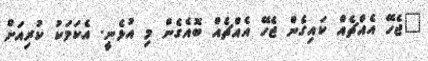
"ޖެހޭ އެއްޗެއް ކައިގެން ޖެހޭ އެއްޗެއް ބޮއެގެން މި އުޅެނީ. އެކަމަކު ކުރިއަށް